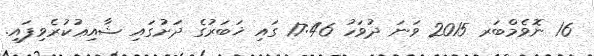
16 ނޮވެމްބަރ 2015 ވަނަ ދުވަހު 17:46 ގައި ޚަބަރުގެ ދަށުގައި ޝާއިޢުކުރެވިފައި.